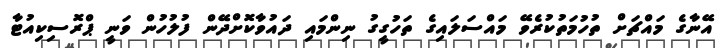
އޭނާގެ މައްޗަށް ތުހުމަތުކުރެވޭ މައްސަލައިގެ ތަހުގީގު ނިންމައި ދައުވާކޮށްދޭން ފުލުހުން ވަނީ ޕްރޮސިކިއުޓާ